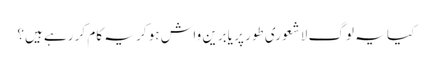
کیا یہ لوگ لاشعوری طور پر یابرین واش ہو کر یہ کام کر رہے ہیں؟